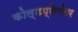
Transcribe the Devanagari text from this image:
कोल्डप्लेनंतर